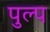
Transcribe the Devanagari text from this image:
पुल्प